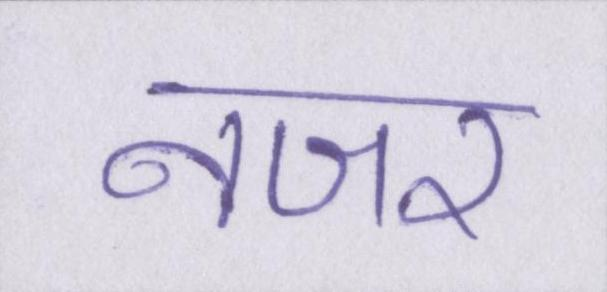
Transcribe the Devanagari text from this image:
नजर